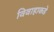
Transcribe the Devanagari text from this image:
विवाहाकडे